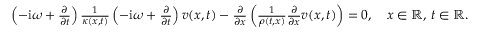
\begin{array} { r } { \left( - \mathrm { i } \omega + \frac { \partial } { \partial t } \right) \frac { 1 } { \kappa ( x , t ) } \left( - \mathrm { i } \omega + \frac { \partial } { \partial t } \right) v ( x , t ) - \frac { \partial } { \partial x } \left( \frac { 1 } { \rho ( t , x ) } \frac { \partial } { \partial x } v ( x , t ) \right) = 0 , \quad x \in \mathbb { R } , \, t \in \mathbb { R } . } \end{array}